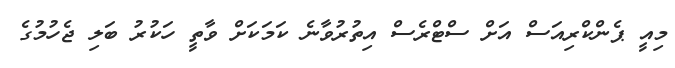
މިއީ ޕެންކްރިއަސް އަށް ސްޓްރެސް އިތުރުވާނެ ކަމަކަށް ވާތީ ހަކުރު ބަލި ޖެހުމުގެ